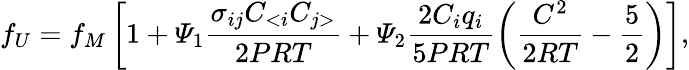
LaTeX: {{f}_{U}}={{f}_{M}}\left[1+{{\varPsi}_{1}}\frac{{{\sigma}_{ij}}{{C}_{<i}}{{C}_{j>}}}{2PRT}+{{\varPsi}_{2}}\frac{2{{C}_{i}}{{q}_{i}}}{5PRT}\left(\frac{{{C}^{2}}}{2RT}-\frac{5}{2}\right)\right],